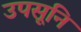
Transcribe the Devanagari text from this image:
उपसूनि